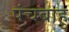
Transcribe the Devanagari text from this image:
पंचबाहु